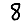
Digit: 8